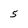
Character: 5